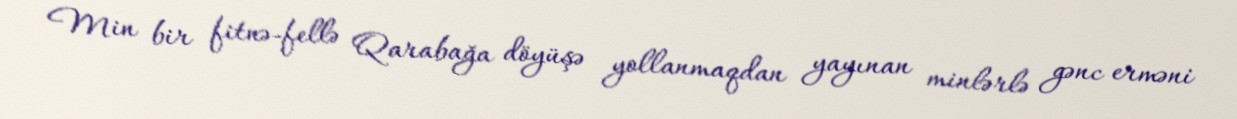
Min bir fitnə-fellə Qarabağa döyüşə yollanmaqdan yayınan minlərlə gənc erməni